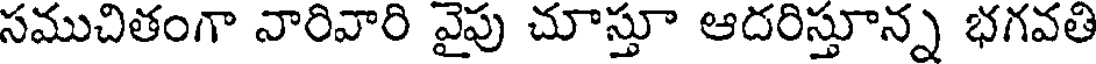
సముచితంగా నారివారి వైపు చూస్తూ ఆదరిస్తూన్న భగవతి